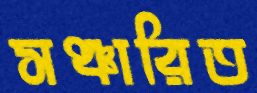
সঞ্চারিত